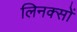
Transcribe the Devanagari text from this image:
लिनक्सों